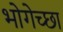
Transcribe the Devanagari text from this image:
भोगेच्छा